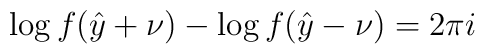
\log f(\hat{y}+\nu )-\log f(\hat{y}-\nu )=2\pi i\protect